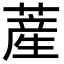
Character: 𦸰